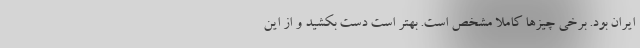
ایران بود. برخی چیزها کاملا مشخص است. بهتر است دست بکشید و از این